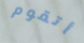
أتقوم